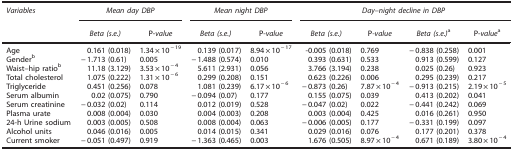
<table><thead><tr><td><b><i>Variables</i></b></td><td colspan="2"><b><i>Mean day DBP</i></b></td><td colspan="2"><b><i>Mean night DBP</i></b></td><td colspan="4"><b><i>Day–night decline in DBP</i></b></td></tr><tr><td><b> </b></td><td><b><i>Beta (s.e.)</i></b></td><td><b>P-<i>value</i></b></td><td><b><i>Beta (s.e.)</i></b></td><td><b>P-<i>value</i></b></td><td><b><i>Beta (s.e.)</i></b></td><td><b>P<i>-value</i></b></td><td><b><i>Beta (s.e.)</i>a</b></td><td><b>P-<i>value</i>a</b></td></tr></thead><tbody><tr><td>Age</td><td>0.161 (0.018)</td><td>1.34 × 10<sup>−19</sup></td><td>0.139 (0.017)</td><td>8.94 × 10<sup>−17</sup></td><td>-0.005 (0.018)</td><td>0.769</td><td>−0.838 (0.258)</td><td>0.001</td></tr><tr><td>Genderb</td><td>−1.713 (0.61)</td><td>0.005</td><td>−1.488 (0.574)</td><td>0.010</td><td>0.393 (0.631)</td><td>0.533</td><td>0.913 (0.599)</td><td>0.127</td></tr><tr><td>Waist–hip ratiob</td><td>11.18 (3.129)</td><td>3.53 × 10<sup>−4</sup></td><td>5.611 (2.931)</td><td>0.056</td><td>3.766 (3.194)</td><td>0.238</td><td>0.025 (0.26)</td><td>0.923</td></tr><tr><td>Total cholesterol</td><td>1.075 (0.222)</td><td>1.31 × 10<sup>−6</sup></td><td>0.299 (0.208)</td><td>0.151</td><td>0.623 (0.226)</td><td>0.006</td><td>0.295 (0.239)</td><td>0.217</td></tr><tr><td>Triglyceride</td><td>0.451 (0.256)</td><td>0.078</td><td>1.081 (0.239)</td><td>6.17 × 10<sup>−6</sup></td><td>−0.873 (0.26)</td><td>7.87 × 10<sup>−4</sup></td><td>−0.913 (0.215)</td><td>2.19 × 10<sup>−5</sup></td></tr><tr><td>Serum albumin</td><td>0.02 (0.075)</td><td>0.790</td><td>−0.094 (0.07)</td><td>0.177</td><td>0.155 (0.075)</td><td>0.039</td><td>0.413 (0.202)</td><td>0.041</td></tr><tr><td>Serum creatinine</td><td>−0.032 (0.02)</td><td>0.114</td><td>0.012 (0.019)</td><td>0.528</td><td>−0.047 (0.02)</td><td>0.022</td><td>−0.441 (0.242)</td><td>0.069</td></tr><tr><td>Plasma urate</td><td>0.008 (0.004)</td><td>0.030</td><td>0.004 (0.003)</td><td>0.208</td><td>0.003 (0.004)</td><td>0.425</td><td>0.016 (0.261)</td><td>0.950</td></tr><tr><td>24-h Urine sodium</td><td>0.003 (0.005)</td><td>0.508</td><td>0.008 (0.004)</td><td>0.063</td><td>−0.006 (0.005)</td><td>0.177</td><td>−0.331 (0.199)</td><td>0.097</td></tr><tr><td>Alcohol units</td><td>0.046 (0.016)</td><td>0.005</td><td>0.014 (0.015)</td><td>0.341</td><td>0.029 (0.016)</td><td>0.076</td><td>0.177 (0.201)</td><td>0.378</td></tr><tr><td>Current smoker</td><td>−0.051 (0.497)</td><td>0.919</td><td>−1.363 (0.465)</td><td>0.003</td><td>1.676 (0.505)</td><td>8.97 × 10<sup>−4</sup></td><td>0.671 (0.189)</td><td>3.80 × 10<sup>−4</sup></td></tr></tbody></table>